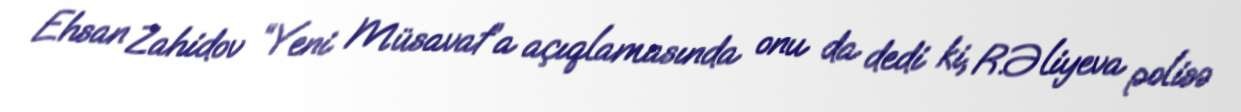
Ehsan Zahidov “Yeni Müsavat”a açıqlamasında onu da dedi ki, R.Əliyeva polisə